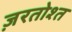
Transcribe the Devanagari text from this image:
ज़रतोश्त